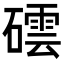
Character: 𥖅